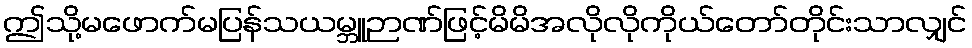
ဤသို့မဖောက်မပြန်သယမ္ဘူဉာဏ်ဖြင့်မိမိအလိုလိုကိုယ်တော်တိုင်းသာလျှင်